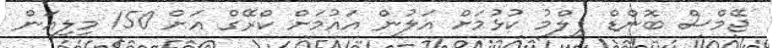
ޖޭމްސް ބޮންޑް ފިލްމު ކުޅުމަށް އަލުން އައުމަށް ކްރޭގް އަށް 150 މިލިއަން